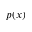
p ( x )